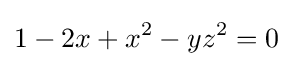
1-2x+x^{2}-yz^{2}=0